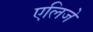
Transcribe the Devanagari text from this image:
एलिजे